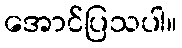
အောင်ပြသပါ။